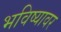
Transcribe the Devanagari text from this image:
भविष्यावर